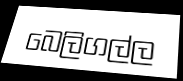
බෙලිගල්ල